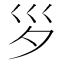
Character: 𡿪